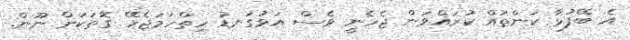
އެ ބޭފުޅާ ކަންތައް ކުރައްވަން ޖެހެނީ ވެސް އަޅުގަނޑު ހިތްހަމަޖެހޭ ގޮތަކަށް ނޫން.